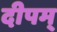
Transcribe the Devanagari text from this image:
दीपम्‌